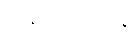
သမ္ပာယိဿန္တိ